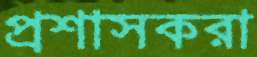
প্রশাসকরা